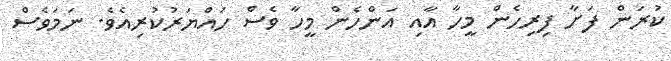
ކުރަން ފަށާ ފިރިހެން މީހާ އާއި އަންހެން މީހާ ވެސް ހައްޔަރުކުރިއެވެ. ނަމަވެސް